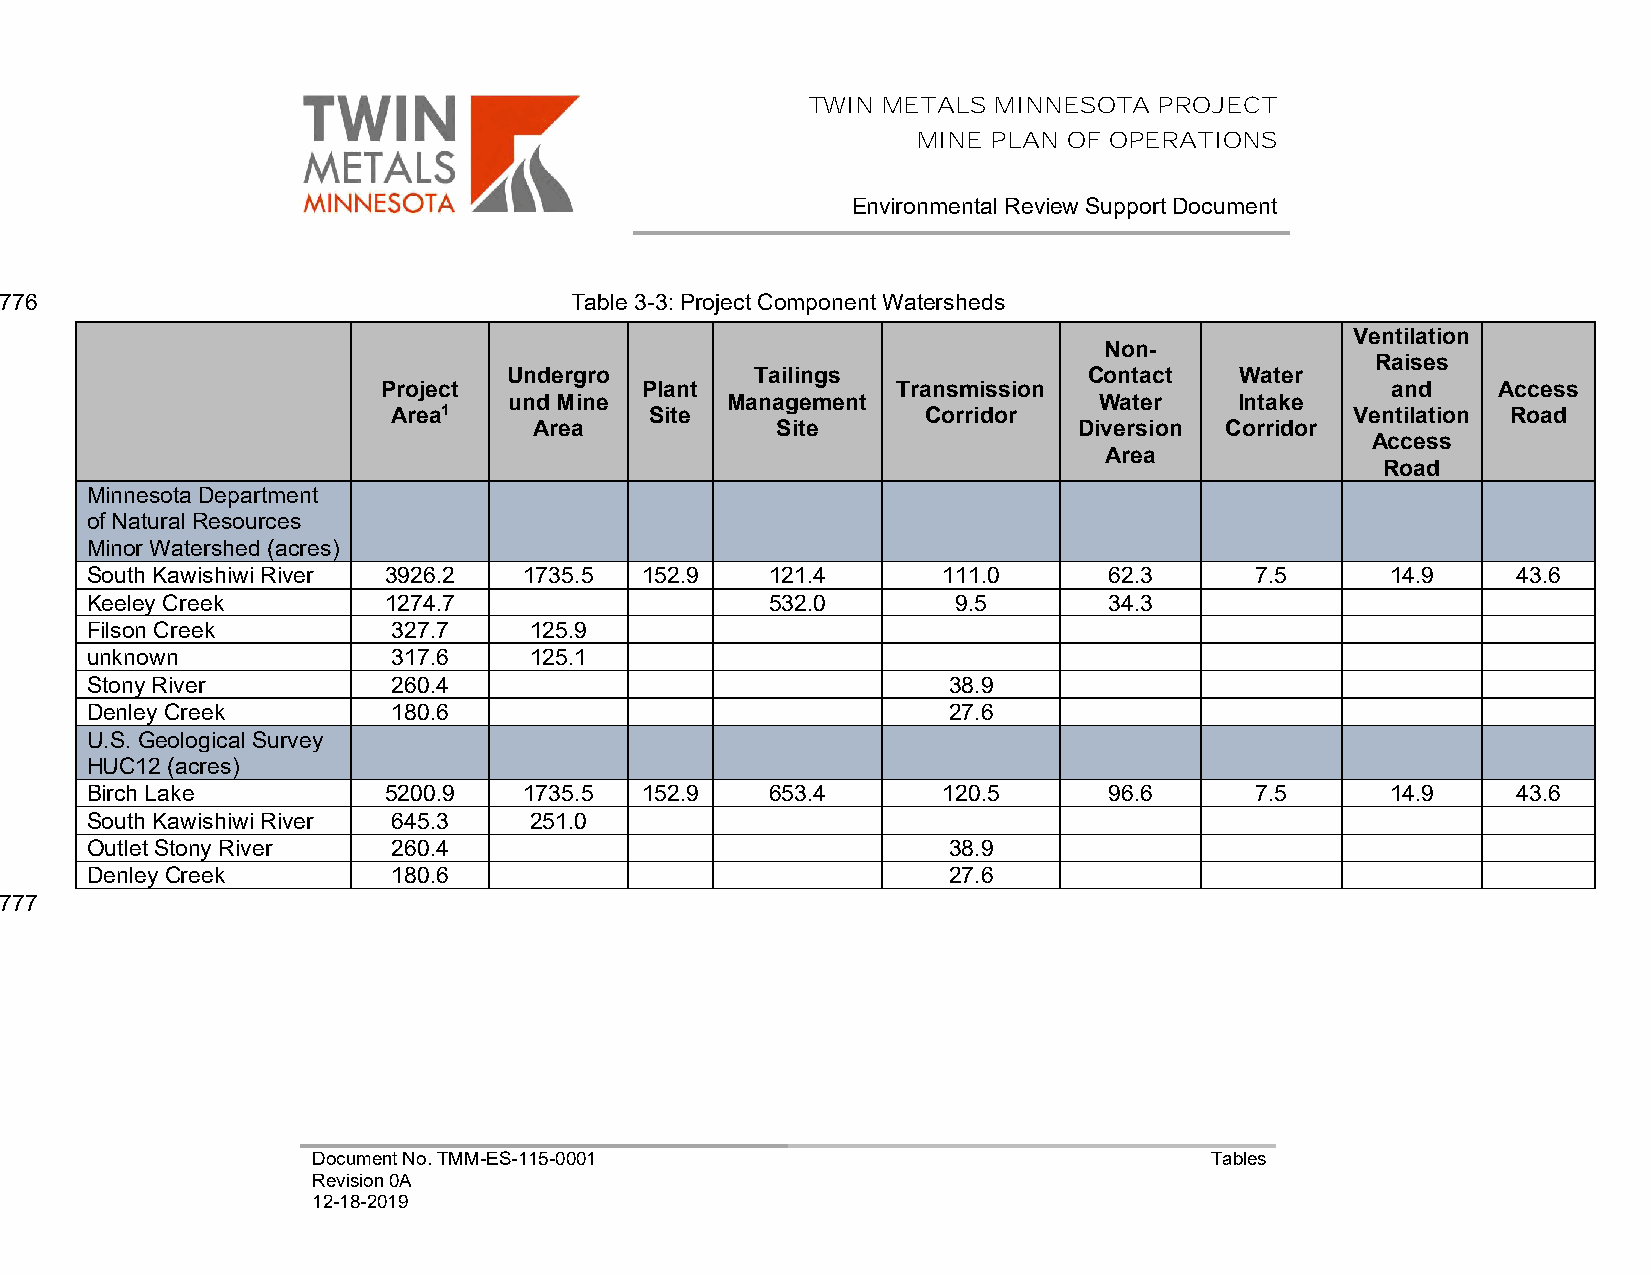
TWIN METALS  MINNESOTA  PROJECT
 MINE PLAN OF OPERATIONS
 Environmental Review Support Document
 3776                                  Table 3-3: Project Component Watersheds
 Ventilation
 Non-
 Raises
 Undergro        Tailings              Contact   Water
 Project          Plant            Transmission                     and    Access
 und Mine      Management               Water    Intake
 Area1            Site              Corridor                     Ventilation Road
 Area            Site                Diversion Corridor
 Access
 Area
 Road
 Minnesota Department
 of Natural Resources
 Minor Watershed (acres)
 South Kawishiwi River 3926.2 1735.5 152.9    121.4      111.0      62.3      7.5      14.9    43.6
 Keeley Creek       1274.7                    532.0       9.5       34.3
 Filson Creek        327.7    125.9
 unknown             317.6    125.1
 Stony River         260.4                                38.9
 Denley Creek        180.6                                27.6
 U.S. Geological Survey
 HUC12 (acres)
 Birch Lake         5200.9    1735.5 152.9    653.4      120.5      96.6      7.5      14.9    43.6
 South Kawishiwi River 645.3  251.0
 Outlet Stony River  260.4                                38.9
 Denley Creek        180.6                                27.6
 3777
 Document No. TMM-ES-115-0001                               Tables
 Revision 0A
 12-18-2019